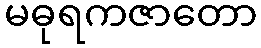
မဓုရကဇာတော